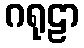
ဂရုဠာ